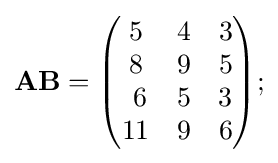
\mathbf {AB} ={\begin{pmatrix}5&4&3\\8&9&5\\\ 6&5&3\\11&9&6\\\end{pmatrix}};